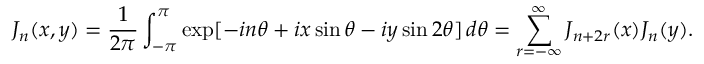
J _ { n } ( x , y ) = \frac { 1 } { 2 \pi } \int _ { - \pi } ^ { \pi } \exp [ - i n \theta + i x \sin \theta - i y \sin 2 \theta ] \, d \theta = \sum _ { r = - \infty } ^ { \infty } J _ { n + 2 r } ( x ) J _ { n } ( y ) .